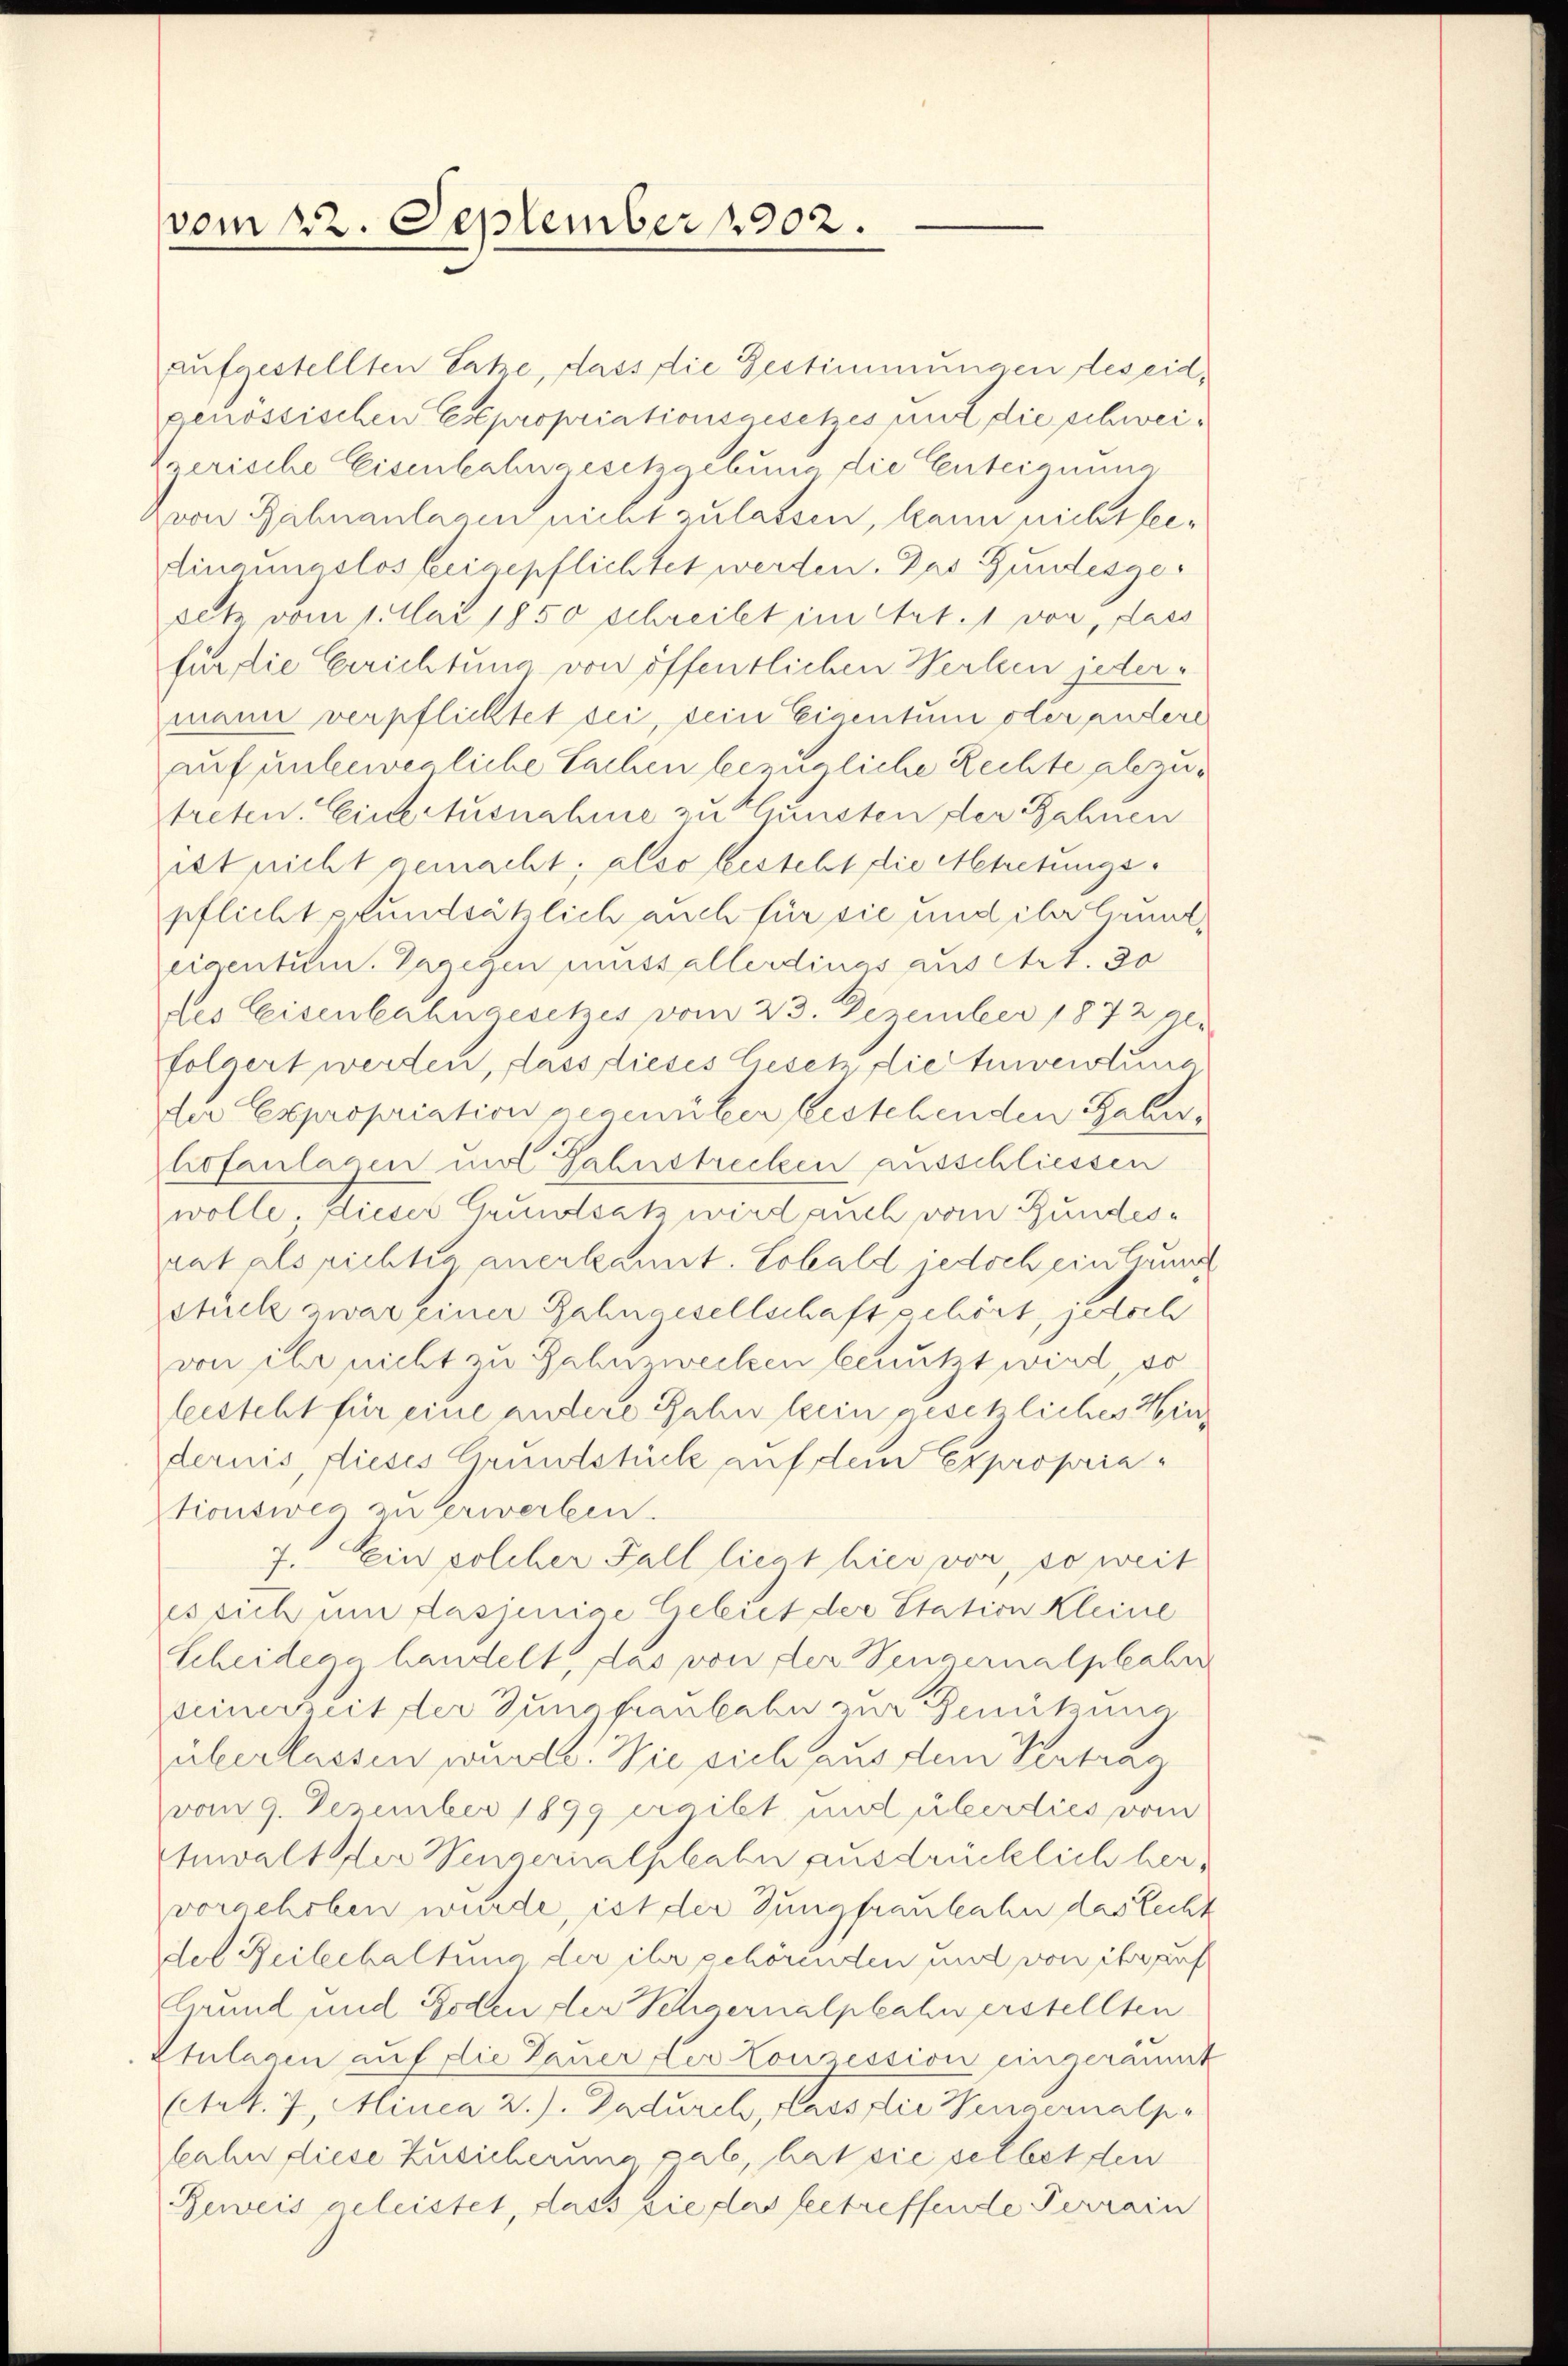
vom 22. September 1202.

aufgestellten Satze, dass die Gestimmungen des eid.
genössischen Expropriationsgesetzes mit die schwei¬
Zzerische Eisenbahngesetzgebung die Enteignung
von Zahnanlagen nicht zulassen, kann nicht seidingungslos beigepflichtet werden. Das Gundesgesetz vom 1. Mai 1850 schreibt im Art. 1 vor, dass
für die Gerichtung von öffentlichen Werken jedermann verpflichtet sei, sein Eigentum oder andere
auf unbewegliche Sachen bezügliche Rechte abzutreten. Eine Ausnahme zu thunsten der Rahnen
ist nicht gemacht; also besteht die Abtretungspflicht pfundsätzlich auch für sie und ihr Gaunt,
eigentum. Dagegen Aussallerdings aus Art. 30
des Eisenbahngesetzes vom 23. Dezember 1872 Al.
folgert werden, dass dieses lesen die tunvertung
der Expropriation gegenüber bestehenden Gaber,
hofanlagen und Fahnstrecken ausschliessen
wolle. Dieses Grundsatz wird auch vom Bundesrat als richtes anerkannt. Sobald jedoch ein Grund
Stück zwar einer Zahngesellschaft gehört, jedoch
von ihr nicht zu Zahnzwecken benutzt wird, so
leisteht für eine andere Zahn kein gesetzliches Windernis, dieses Grundstück auf dem Expropriationsweg zu verwerben.
7. Ein solcher Fall liegt hier vor, so weit
es sich um dasjenige Gebiet der Station Kleine
Scheidegg handelt, das von der Vengernalpfahre
seinerzeit der Jungfaubahn zur Genützung
überlassen wurde. Wie sich aus dem Vertrag
vom 9. Dezember 1899 ergibt und überdies vom
Inwalt der Vingerialphabe ausdrücklich hervorgehoben wurde, ist der Jungfrankahn das Recht
der Reibehaltung der ihr gehörenden und von ihr auf
Grund und Boden der Schernalpkahn erstellten
Stulagen auf die Dauer der Conzession eingeräumt
(Art. 7, Minea 2.). Dadurch, lass die Wengernalpe
bahn diese Zusicherung gab, hat die selbst den
Beweis geleistet, dass die plus betreffende Terrain